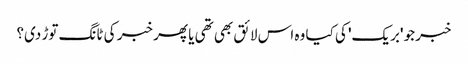
خبر جو 'بریک' کی کیا وہ اس لائق بھی تھی یا پھر خبر کی ٹانگ توڑ دی؟